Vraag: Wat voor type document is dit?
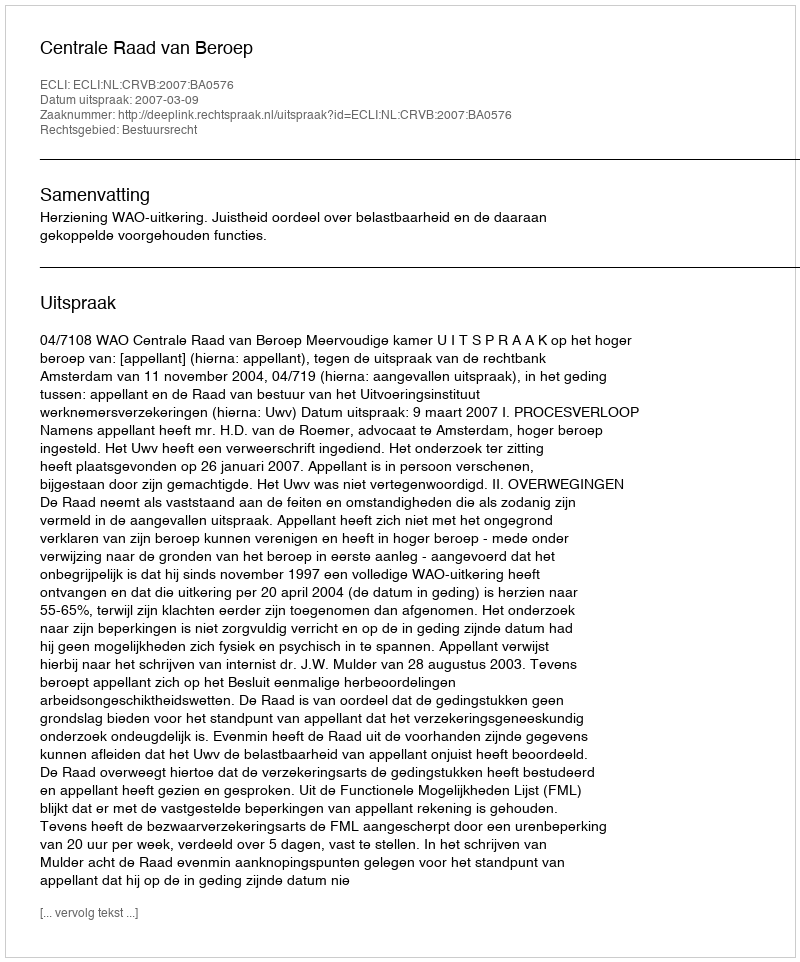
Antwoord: Uitspraak